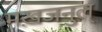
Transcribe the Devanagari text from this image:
मख़जनुल्